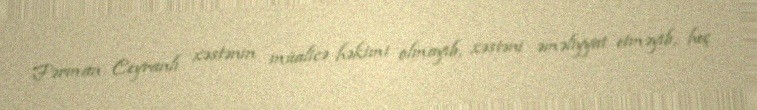
Fərman Ceyranlı xəstənin müalicə həkimi olmayıb, xəstəni əməliyyat etməyib, heç